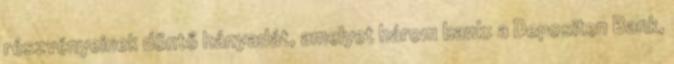
részvényeinek döntő hányadát, amelyet három bank: a Depositen Bank,